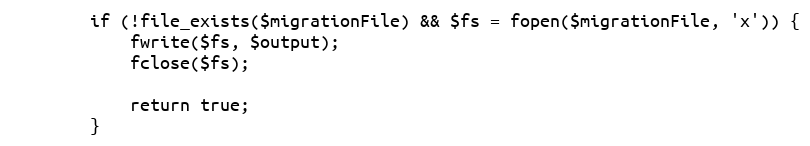
Language: PHP
        if (!file_exists($migrationFile) && $fs = fopen($migrationFile, 'x')) {
            fwrite($fs, $output);
            fclose($fs);

            return true;
        }